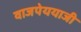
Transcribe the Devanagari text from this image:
वाजपेययाजी